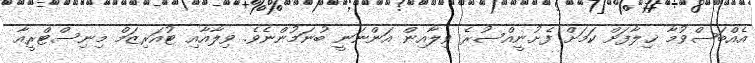
އެއްބަސްވުމާ ޚިލާފަށް ކަމަށް ފެށުނީއްސުރެ ވިލާއިން އަންނަނީ ބުނަމުންނެވެ. ވިލާއާއި ޓުއަރިޒަމް މިނިސްޓްރީއާ